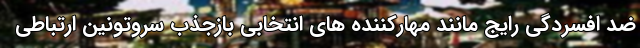
ضد افسردگی رایج مانند مهارکننده های انتخابی بازجذب سروتونین ارتباطی